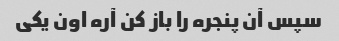
سپس آن پنجره را باز کن آره اون یکی